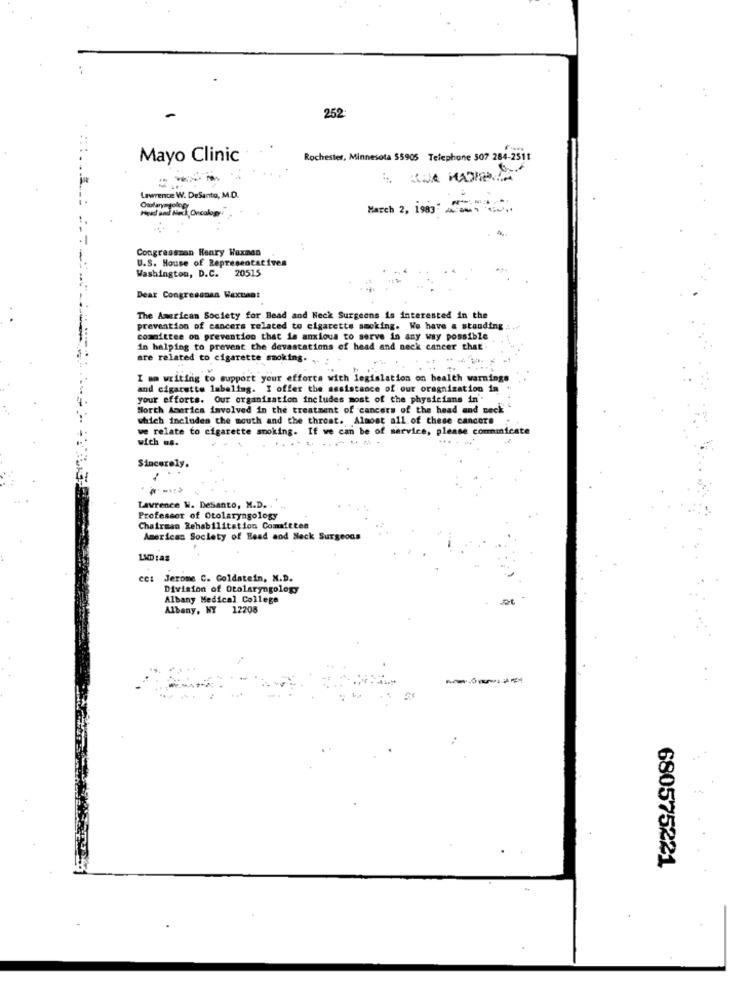
252
Mayo Clinic
Rochester, Minnesota 55905 Telephone 507 284-2511
Lawrence W. DeSanto, M.D.
Head and Neck Oncology
March 2, 1983
Congressman Henry Waxnon
U.S. House of Representatives
Washington, D.C. 20515
Dear Congressman Waxwant
The American Society for Bead and Neck Surgeons is interested in the
prevention of cancers related to cigarette smoking. We have a standing
committee on prevention that is anxious to serve in any way possible
in helping to prevent the devastations of head and neck cancer that
are related to cigarette smoking.
I am writing to support your efforts with legislation on health warnings
and cigarette labeling. I offer the assistance of our oragnization in
your efforts. Our organization includes most of the physicians in'
North America involved in the treatment of cancers of the head and neck
which includes the mouth and the throat. Almost all of these cancers
we relate to cigarette smoking. If we can be of service, please communicate
wich us.
Sincerely.
Tavrence W. DeSanto, M.D.
Professor of Otolaryngology
Chairman Rehabilitation Comaitten
American Society of Head and Neck Surgeons
cet Jerome C. Goldstein, N.D.
Division of Otolaryngology
Albany Medical College
Albany, NY 12208
680575221